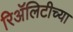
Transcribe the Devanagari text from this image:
रिॲलिटीच्या